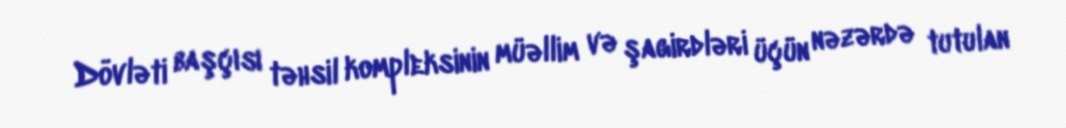
Dövləti başçısı təhsil kompleksinin müəllim və şagirdləri üçün nəzərdə tutulan